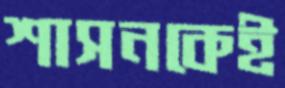
শাসনকেই